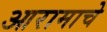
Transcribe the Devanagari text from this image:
आरामाचे